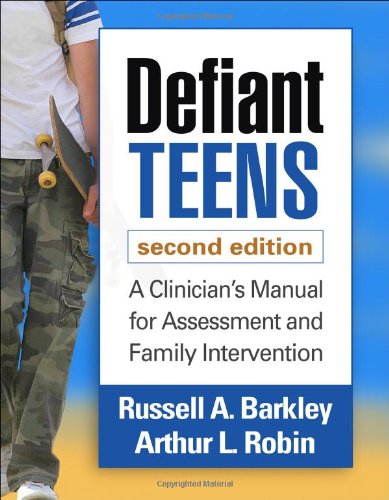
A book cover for Defiant Teens, Second Edition: A Clinician's Manual for Assessment and Family Intervention; Russell A. Barkley PhD  ABPP  ABCN; Medical Books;